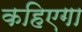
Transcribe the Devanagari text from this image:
कहिएगा